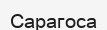
Сарагоса